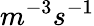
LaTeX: m^{-3}s^{-1}